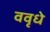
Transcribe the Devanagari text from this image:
ववृधे